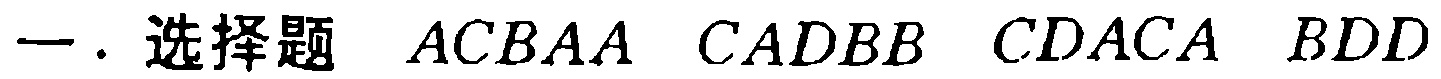
一. 选择题 \(ACBAA\ CADBB\ CDACA\ BDD\)